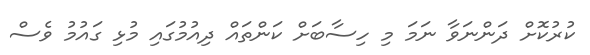
ކުރުކޮށް ދަންނަވާ ނަމަ މި ހިސާބަށް ކަންތައް ދިއުމުގައި މުޅި ގައުމު ވެސް